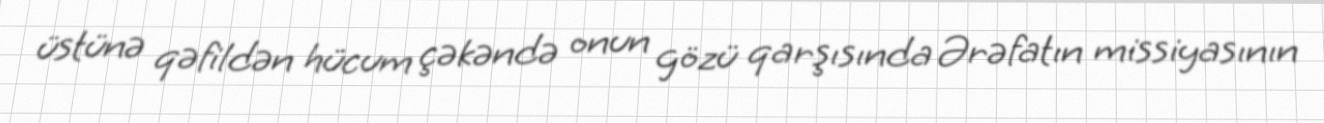
üstünə qəfildən hücum çəkəndə onun gözü qarşısında Ərəfatın missiyasının